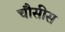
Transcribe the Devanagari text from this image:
चौसीस